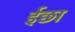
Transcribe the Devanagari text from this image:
ईछा